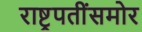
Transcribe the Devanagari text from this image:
राष्ट्रपतींसमोर